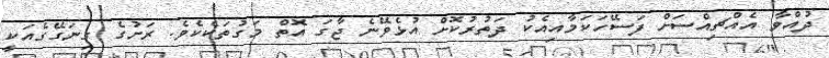
ދުއްވާ އެއްޗިއްސަށް ފަސޭހަކަމާއިއެކު ދަތުރުކޮށް އުޅެވޭނެ ޖާގަަ އޮތް މަގުތަކެކެވެ. ރަށުގެ ގިނަގޭގެއަކީ